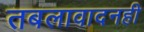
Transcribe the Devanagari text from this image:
तबलावादनही